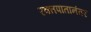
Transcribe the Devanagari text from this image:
रक्तपातानंतर